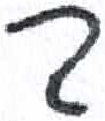
אות: ד